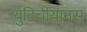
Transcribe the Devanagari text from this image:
युटिचीयानस